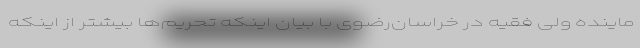
ماینده ولی فقیه در خراسان‌رضوی با بیان اینکه تحریم‌ها بیشتر از اینکه